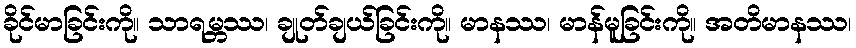
ခိုင်မာခြင်းကို။ သာရမ္ဘဿ၊ ချုတ်ချယ်ခြင်းကို။ မာနဿ၊ မာန်မူခြင်းကို။ အတိမာနဿ၊